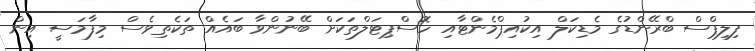
ފިލިޕްސް ބްރޭންޑުގެ މެޑިކަލް އިކުއިޕްމެންޓާއި ހޮސްޕިޓަލްތަކަށް ބޭނުންވާ ބައެއް ތަކެތިވެސް މިފާމަސީ އިން